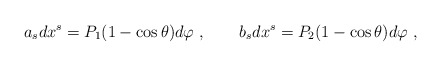
\begin{align*}a_s dx^s= P_1 (1-\cos \theta) d\varphi\ , \ \ \ \ \ \ b_sdx^s = P_2 (1-\cos\theta)d\varphi\ ,\end{align*}